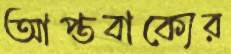
আপ্তবাক্যের